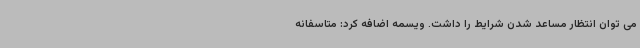
می توان انتظار مساعد شدن شرایط را داشت. ویسمه اضافه کرد: متاسفانه